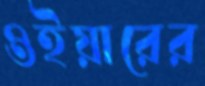
ওইয়ারের